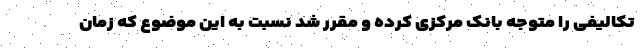
تکالیفی را متوجه بانک مرکزی کرده و مقرر شد نسبت به این موضوع که زمان